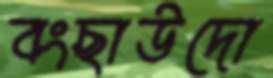
বংছাউদো